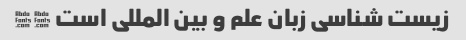
زیست شناسی زبان علم و بین المللی است ��